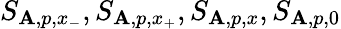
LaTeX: S_{\mathbf{A},p,x_{-}},S_{\mathbf{A},p,x_{+}},S_{\mathbf{A},p,x},S_{\mathbf{A},p,0}